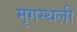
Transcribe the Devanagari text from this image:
मृगस्थली